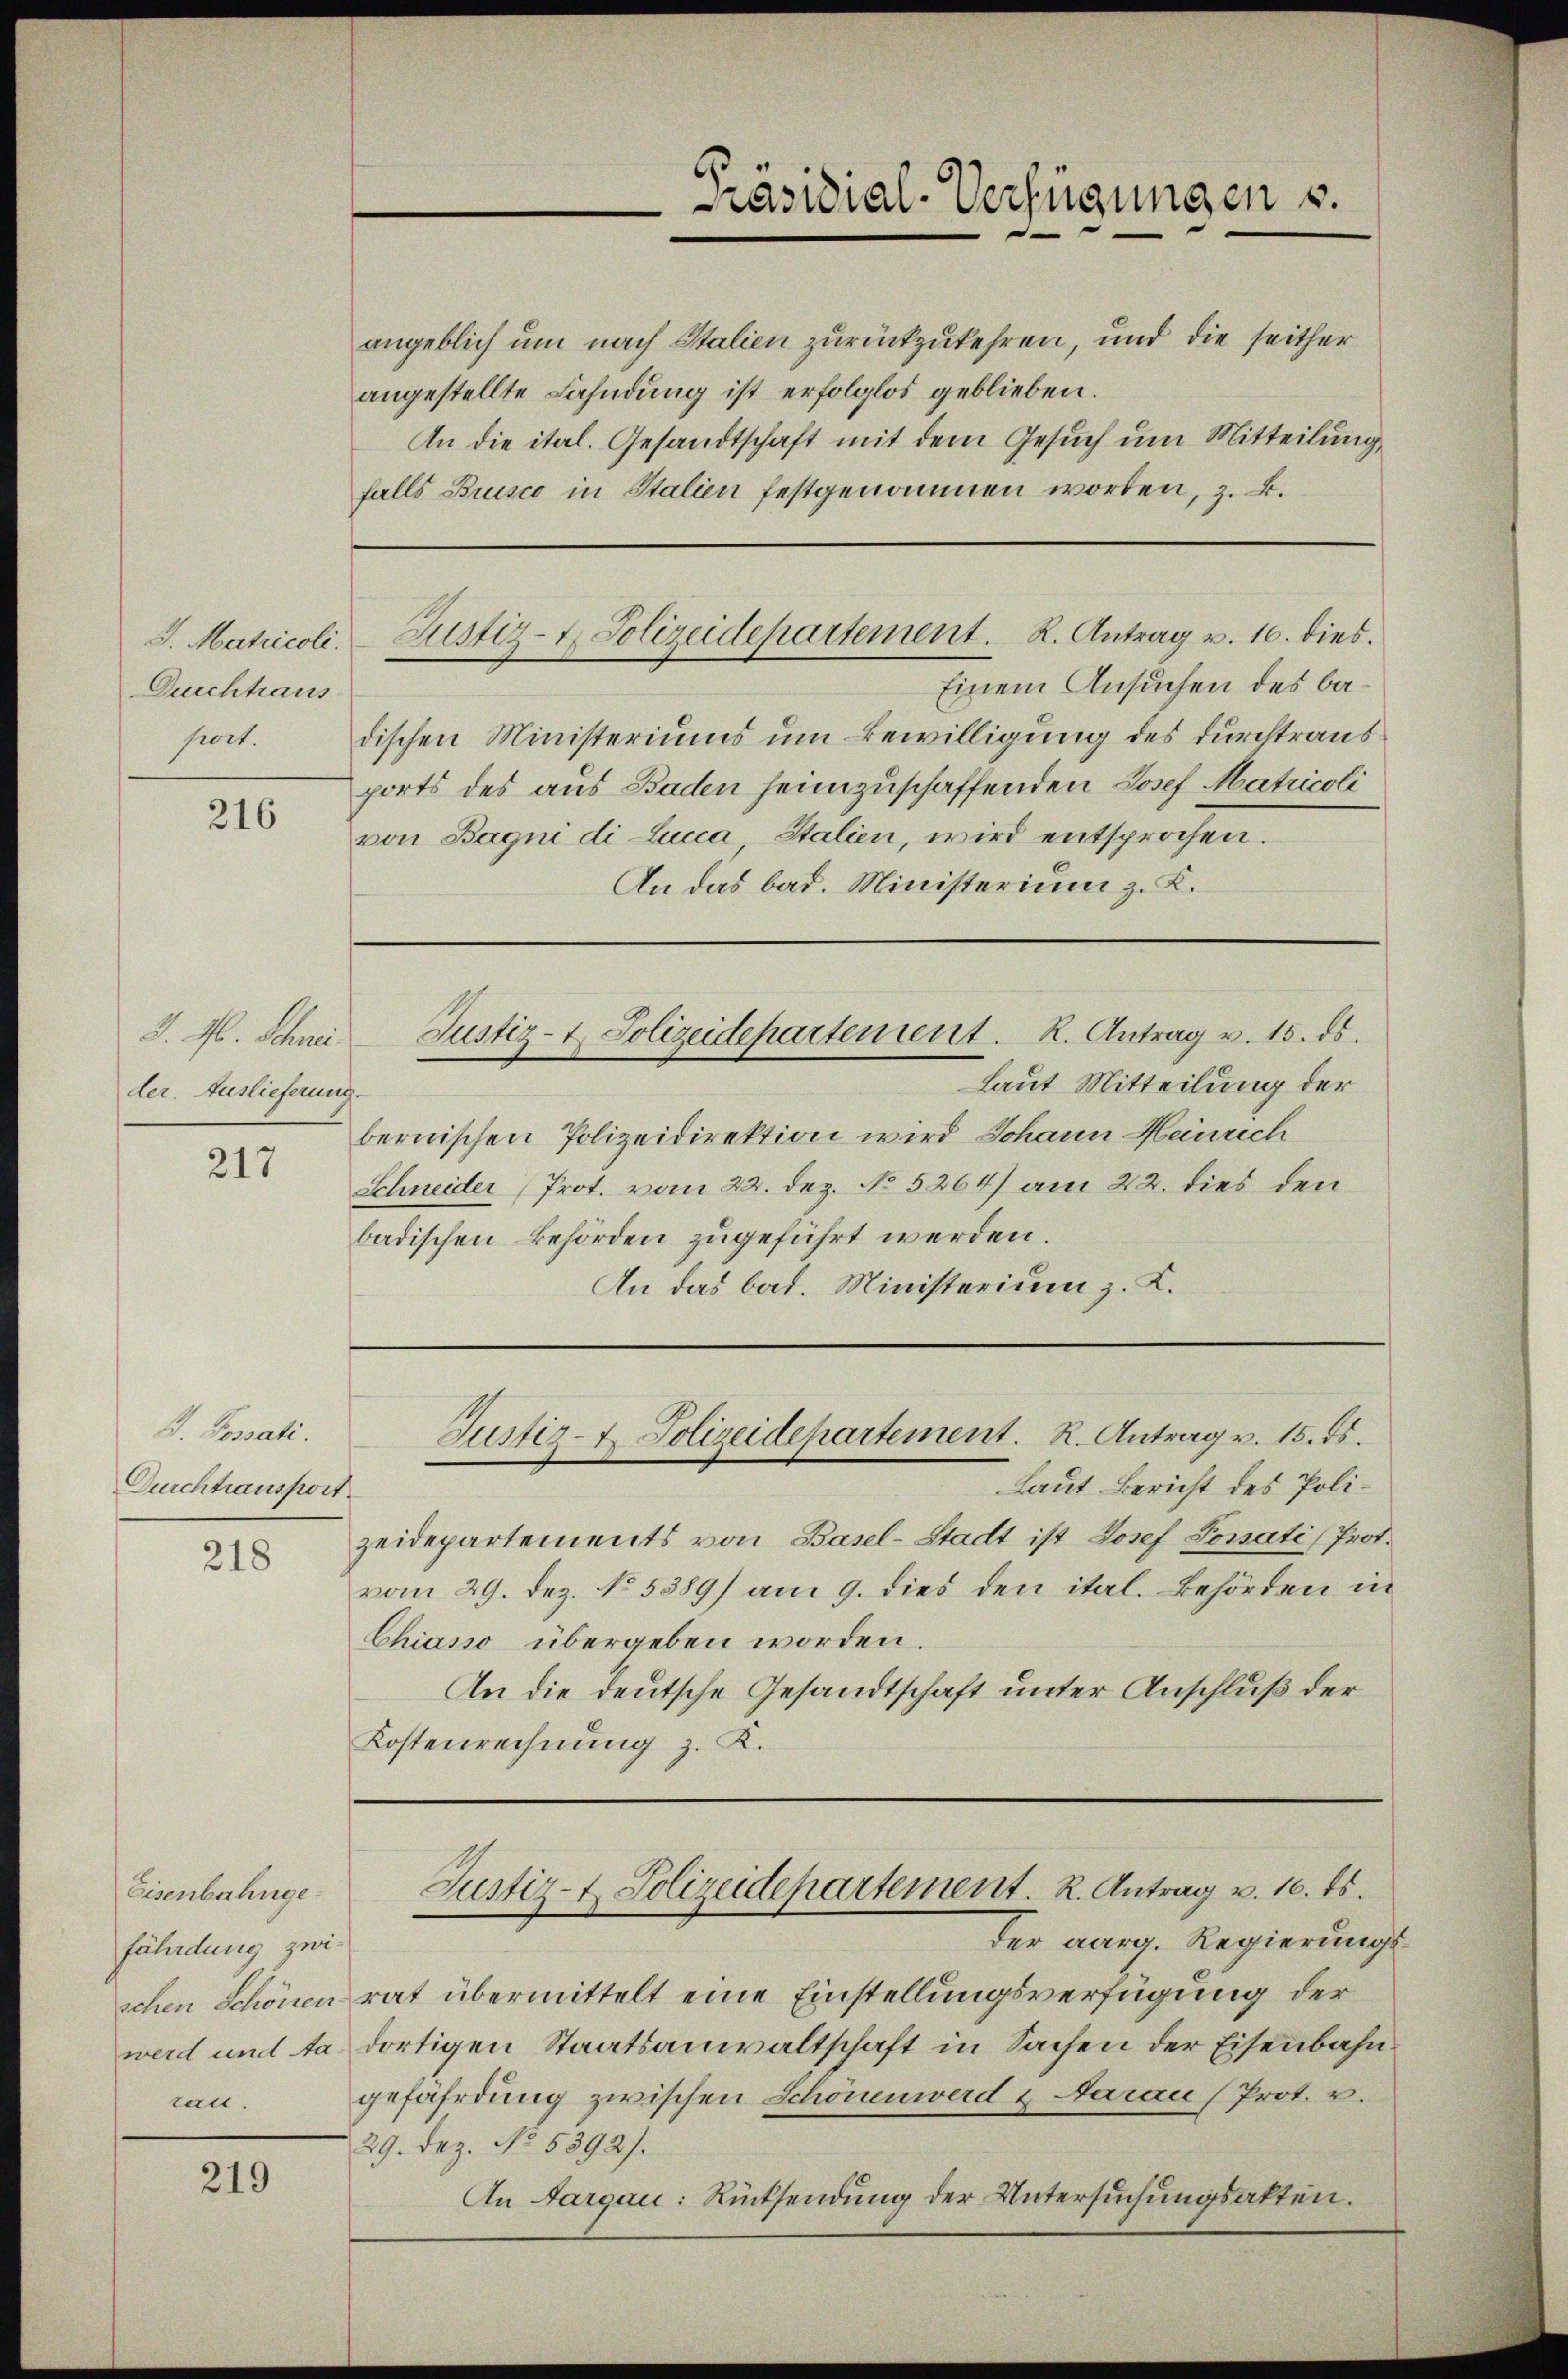
J. Matricoli.
Durchtraus
port.

216

J. M. Schnei
der. Auslieferung

217

H. Possati.
Durchtransport
218

Eisenbahngefährdung zwischen Schönen
werd und Aaran.

219

Justiz- & Polizeidepartement. K. Antrag u. 16. dies.

Justiz- & Polizeidepartement. R. Antrag v. 15. ds.

Präsidial-Verfügungen u.

angeblich um nach Italien zurückzukehren, und die seither
angestellte Fahndung ist erfolglos geblieben.
An die ital. Gesandtschaft mit dem Gesuch um Mitteilung,
falls Brusco in Stalien festgenommen worden, z. B.

Einem Ansuchen des badischen Ministeriums um Bewilligung des durchtrausports des aus Baden heimzuschaffenden Josef Matricoli
von Bagni di Lucca, Italien, wird entsprochen.
An das bat. Ministerium z. K.

Laut Mitteilung der
bernischen Polizeidirektion wird Johann Heinrech
Schneider Prot. vom 22. Dez. No. 5264) am 22. dies den
badischen Behörden zugeführt werden.
An das bat. Ministerium z. K.

Laut Bericht des Polizeidepartements von Basel-Stadt ist Josef Tomati (Prot.
vom 29. Dez. No. 5389) am 9. dies den ital. Behörden in
Chiasso übergeben worden.
An die deutsche Gesandtschaft unter Anschluß der
Kostenrechnung z. K.

Justiz- & Polizeidepartement. R. Antrag v. 15. ds.

der aarg. Regierungsrat übermittelt eine Einstellungsverfügung der
dortigen Staatsanwaltschaft in Sachen der Eisenbahngefährdung zwischen Schönenwerd & Aarau (Prot. v.
29. Dez. No. 5892).
An Aargau: Rücksendung der Untersuchungsakten.

Justiz- & Polizeidepartement. R. Antrag v. 16. ds.